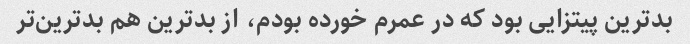
بدترین پیتزایی بود که در عمرم خورده بودم، از بدترین هم بدترین‌تر